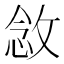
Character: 敜